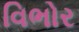
વિભોર